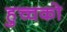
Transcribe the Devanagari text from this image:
हुच्चको